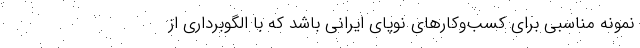
نمونه مناسبی برای کسب‌وکارهای نوپای ایرانی باشد که با الگوبرداری از